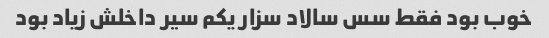
خوب بود فقط سس سالاد سزار یکم سیر داخلش زیاد بود